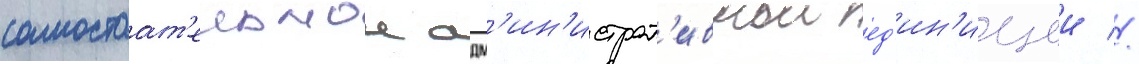
самостоат'ельнои адм'ин'истрат'ивнои ед'ин'ицеи //